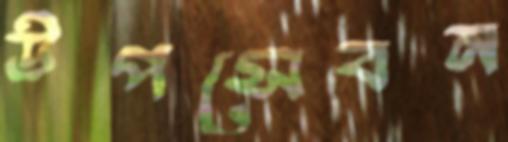
উপসেবন